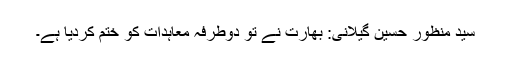
سید منظور حسین گیلانی: بھارت نے تو دوطرفہ معاہدات کو ختم کردیا ہے۔